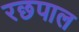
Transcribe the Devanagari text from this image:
रछपाल